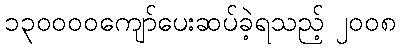
၁၃၀၀၀၀ကျော်ပေးဆပ်ခဲ့ရသည့် ၂၀၀၈